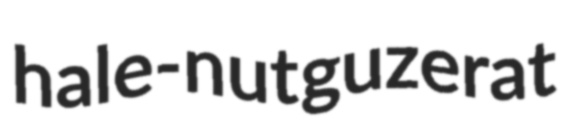
hale-nut guzerat